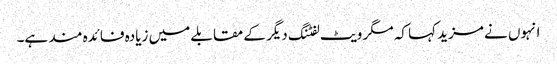
انہوں نے مزید کہا کہ مگر ویٹ لفٹنگ دیگر کے مقابلے میں زیادہ فائدہ مند ہے۔